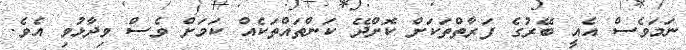
ނަމަވެސް އެއީ ބޭރުގެ ފަރާތްތަކަށް ކޮށްދޭ ކަންތައްތަކެއް ކަމަށް ވެސް ވިދާޅުވި އެވެ.